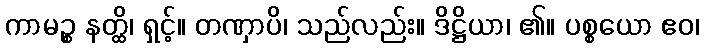
ကာမဉ္စ နတ္ထိ၊ ရှင့်။ တဏှာပိ၊ သည်လည်း။ ဒိဋ္ဌိယာ၊ ၏။ ပစ္စယော ဧဝ၊